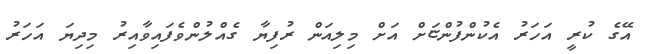
އޭގެ ކުރީ އަހަރު އެކުންފުންޏަށް އަށް މިލިއަން ރުފިޔާ ގެއްލުންވެފައިވާއިރު މިދިޔަ އަހަރު